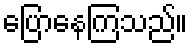
ပြောနေကြသည်။